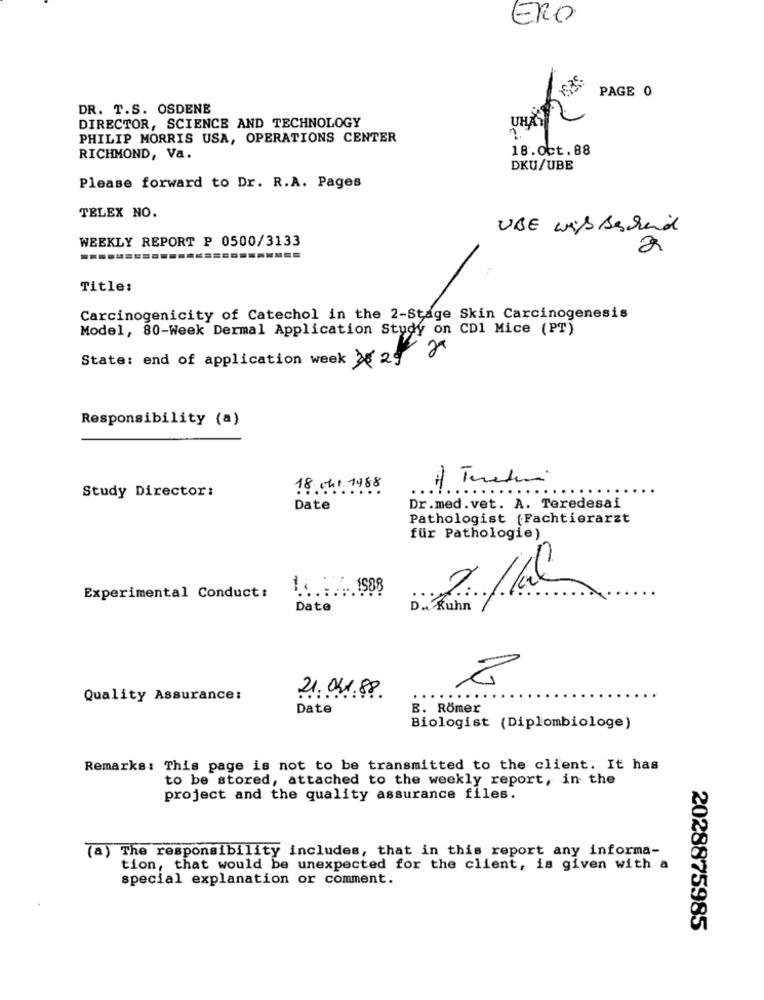
ERO
SEST
PAGE 0
DR. T.S. OSDENE
UHKY)
DIRECTOR, SCIENCE AND TECHNOLOGY
PHILIP MORRIS USA, OPERATIONS CENTER
18.0ct.88
RICHMOND, Va.
DKU/UBE
Please forward to Dr. R.A. Pages
TELEX NO.
UBE wis Bechand
WEEKLY REPORT P 0500/3133
a
Title:
Carcinogenicity of Catechol in the 2-Stage Skin Carcinogenesis
Model, 80-Week Dermal Application Study on CD1 Mice (PT)
State: end of application week 30 29
Responsibility (a)
A) Teradun
18 cht. 198.
...
....
Study Director:
......
Date
Dr.med.vet. A. Teredesai
Pathologist (Fachtierarzt
für Pathologie)
1 ..... 1988
Experimental Conduct:
Date
D. Kuhn
Quality Assurance:
21.041.88
Date
B. Römer
Biologist (Diplombiologe)
Remarks: This page is not to be transmitted to the client. It has
to be stored, attached to the weekly report, in the
project and the quality assurance files.
(a) The responsibility includes, that in this report any informa-
tion, that would be unexpected for the client, is given with a
special explanation or comment.
2028875985